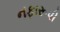
નફારૂપી